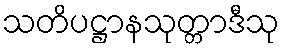
သတိပဋ္ဌာနသုတ္တာဒီသု